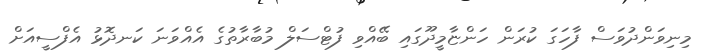
މިނިވަންދުވަސް ފާހަގަ ކުރަން ހަންޏާމީދޫގައި ބޭއްވި ފުޓްސަލް މުބާރާތުގެ އެއްވަނަ ކަނދޮޅު އެފްސީއަށް